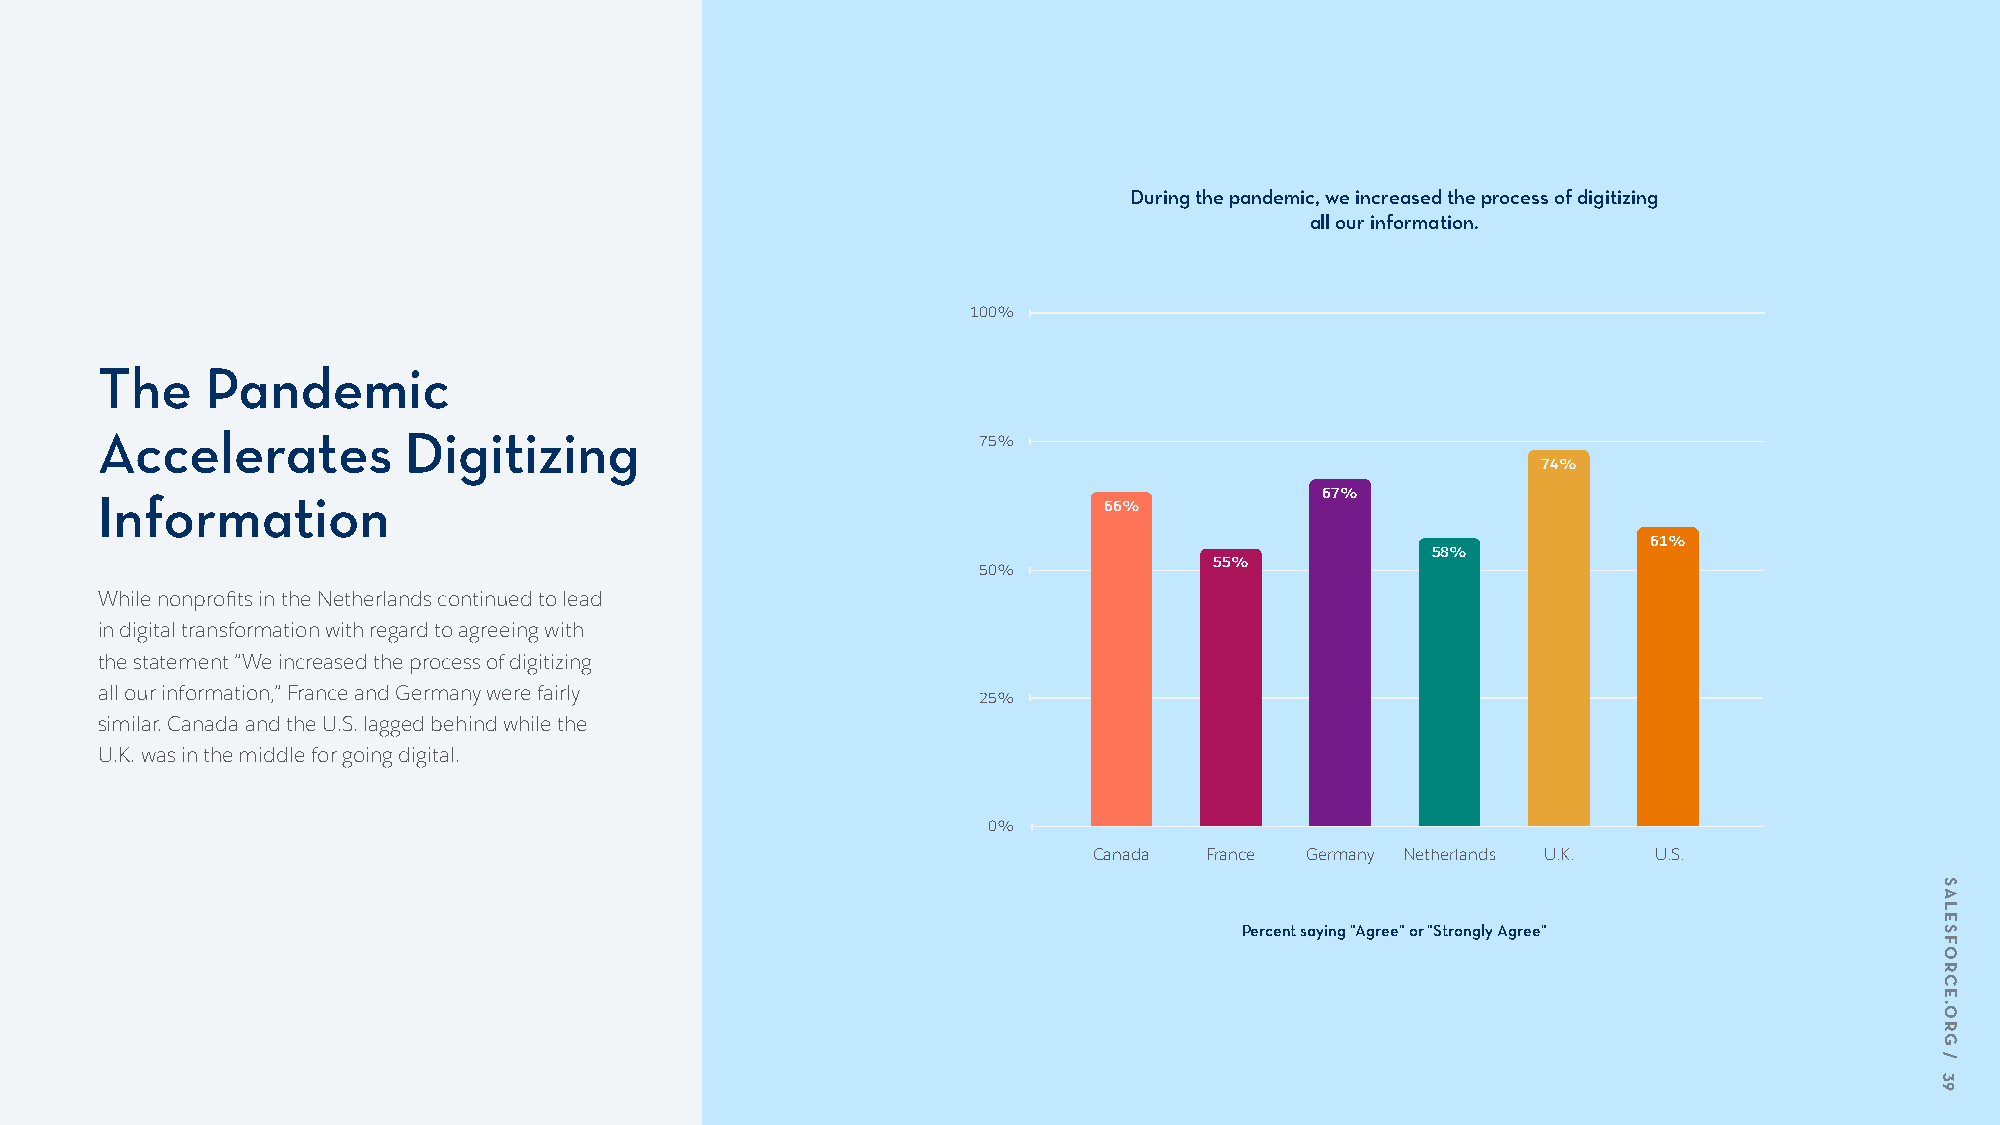
During the pandemic, we increased the process of digitizing
 all our information.
 100%
 The     Pandemic
 Accelerates          Digitizing                            75%
 74%
 67%
 Information                                                        66%
 61%
 58%
 55%
 50%
 While nonprofits in the Netherlands continued to lead
 in digital transformation with regard to agreeing with
 the statement ”We increased the process of digitizing
 all our information,” France and Germany were fairly
 25%
 similar. Canada and the U.S. lagged behind while the
 U.K. was in the middle for going digital.
 0%
 Canada  France Germany Netherlands U.K. U.S.
 Percent saying "Agree" or "Strongly Agree"
 SALESFORCE.ORG
 /
 39